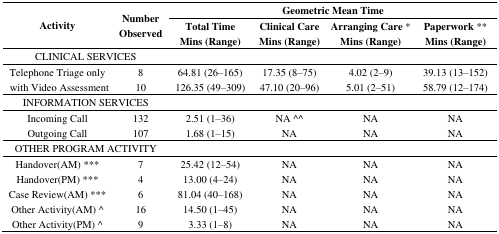
| <ROWSPAN=2> Activity | <ROWSPAN=2> Number Observed | <COLSPAN=4> Geometric Mean Time |
 | Total Time Mins (Range) | Clinical Care Mins (Range) | Arranging Care * Mins (Range) | Paperwork ** Mins (Range) |
 | --- | --- | --- | --- | --- | --- |
 | <COLSPAN=2> CLINICAL SERVICES |  |  |  |  |
 | Telephone Triage only | 8 | 64.81 (26–165) | 17.35 (8–75) | 4.02 (2–9) | 39.13 (13–152) |
 | with Video Assessment | 10 | 126.35 (49–309) | 47.10 (20–96) | 5.01 (2–51) | 58.79 (12–174) |
 | <COLSPAN=2> INFORMATION SERVICES |  |  |  |  |
 | Incoming Call | 132 | 2.51 (1–36) | NA ^^ | NA | NA |
 | Outgoing Call | 107 | 1.68 (1–15) | NA | NA | NA |
 | <COLSPAN=2> OTHER PROGRAM ACTIVITY |  |  |  |  |
 | Handover(AM) *** | 7 | 25.42 (12–54) | NA | NA | NA |
 | Handover(PM) *** | 4 | 13.00 (4–24) | NA | NA | NA |
 | Case Review(AM) *** | 6 | 81.04 (40–168) | NA | NA | NA |
 | Other Activity(AM) ^ | 16 | 14.50 (1–45) | NA | NA | NA |
 | Other Activity(PM) ^ | 9 | 3.33 (1–8) | NA | NA | NA |